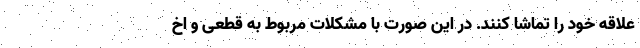
علاقه خود را تماشا کنند. در این صورت با مشکلات مربوط به قطعی و اخ